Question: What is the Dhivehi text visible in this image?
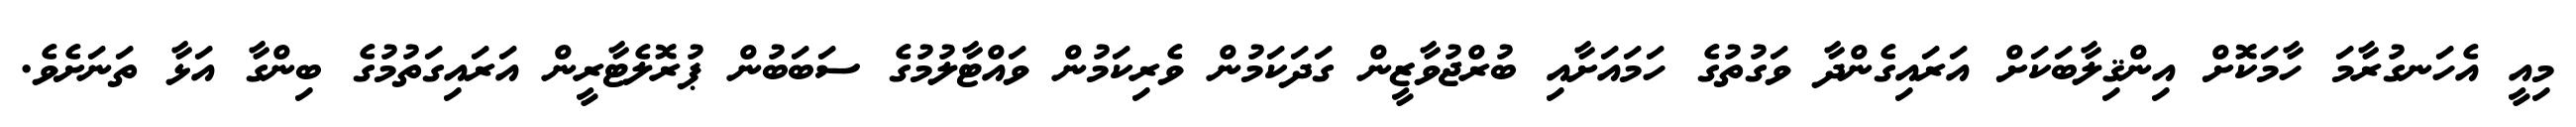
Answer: މިއީ އެހަނގުރާމަ ހާމަކޮށް އިންޤިލާބަކަށް އަރައިގެންދާ ވަގުތުގެ ހަމައަށާއި ބުރްޖުވާޒީން ގަދަކަމުން ވެރިކަމުން ވައްޓާލުމުގެ ސަބަބުން ޕުރޮލެޓާރީން އަރައިގަތުމުގެ ބިންގާ އަޅާ ތަނަށެވެ.